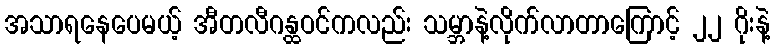
အသာရနေပေမယ့် အီတလီဂန္ထဝင်ကလည်း သမ္ဘာနဲ့လိုက်လာတာကြောင့် ၂၂ ဂိုးနဲ့